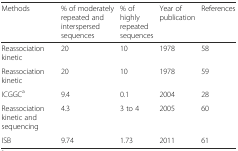
<table><thead><tr><td><b>Methods</b></td><td><b>% of moderately repeated and interspersed sequences</b></td><td><b>% of highly repeated sequences</b></td><td><b>Year of publication</b></td><td><b>References</b></td></tr></thead><tbody><tr><td>Reassociation kinetic</td><td>20</td><td>10</td><td>1978</td><td>58</td></tr><tr><td>Reassociation kinetic</td><td>20</td><td>10</td><td>1978</td><td>59</td></tr><tr><td>ICGGC<sup>a</sup></td><td>9.4</td><td>0.1</td><td>2004</td><td>28</td></tr><tr><td>Reassociation kinetic and sequencing</td><td>4.3</td><td>3 to 4</td><td>2005</td><td>60</td></tr><tr><td>ISB</td><td>9.74</td><td>1.73</td><td>2011</td><td>61</td></tr></tbody></table>